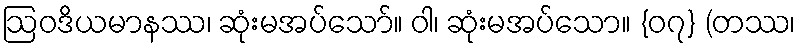
ဩဝဒိယမာနဿ၊ ဆုံးမအပ်သော်။ ဝါ၊ ဆုံးမအပ်သော။ {၀၇} (တဿ၊